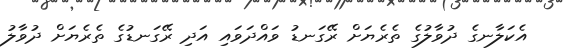
އެކަލާނގެ ދުވާލުގެ ތެރެޔަށް ރޭގަނޑު ވައްދަވައި އަދި ރޭގަނޑުގެ ތެރެޔަށް ދުވާލު